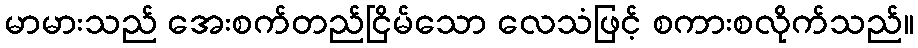
မာမားသည် အေးစက်တည်ငြိမ်သော လေသံဖြင့် စကားစလိုက်သည်။